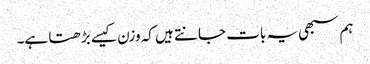
ہم سبھی یہ بات جانتے ہیں کہ وزن کیسے بڑھتا ہے۔